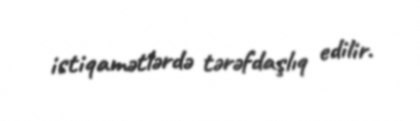
istiqamətlərdə tərəfdaşlıq edilir.